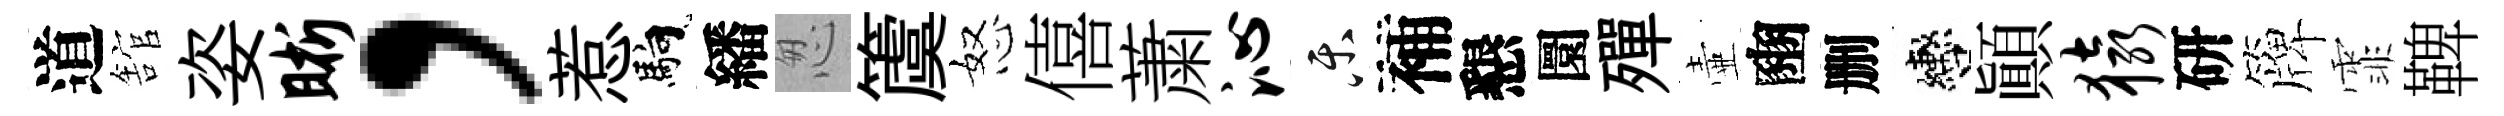
道舘姿晰，惹馿繙怱𥵂怒僖䔥沁乐補懇圜殫壷豳删轡顚猿研簰霏鞞